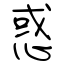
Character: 惑